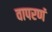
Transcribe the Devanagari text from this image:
वापरणं